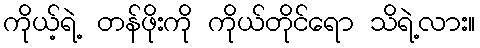
ကိုယ့်ရဲ့ တန်ဖိုးကို ကိုယ်တိုင်ရော သိရဲ့လား။